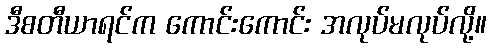
ဒီစတီယာရင်က ကောင်းကောင်း အလုပ်မလုပ်လို့။